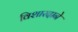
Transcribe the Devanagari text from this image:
विशारदाने